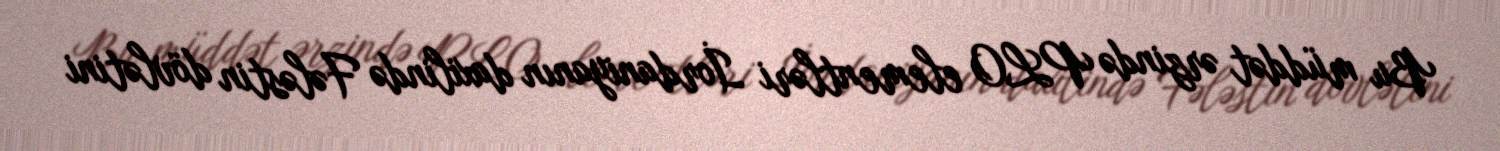
Bu müddət ərzində PLO elementləri İordaniyanın daxilində Fələstin dövlətini